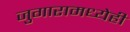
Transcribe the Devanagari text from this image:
जुगारामध्येही